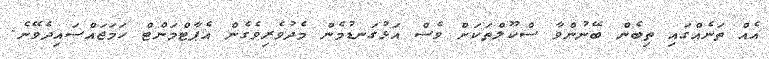
އެއް ތަނެއްގައި ތިބެން ބޭނުންވާ ސްކޫލްތަކަށް ވެސް އަޅުގަނޑުމެން މެދުވެރިވެގެން އެޕާޓްމަންޓް ހަމަޖައްސައިދެވޭނެ.